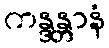
ကန္ဒန္တာနံ